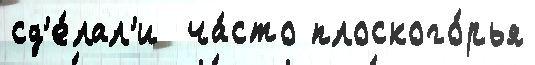
сд'е́лал'и  ча́сто плоского́рья